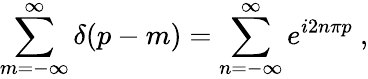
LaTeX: \sum_{m=-\infty}^{\infty}\delta\! \left(p-m\right)=\sum_{n=-\infty}^{\infty}e^{i2n\pi p}\ ,